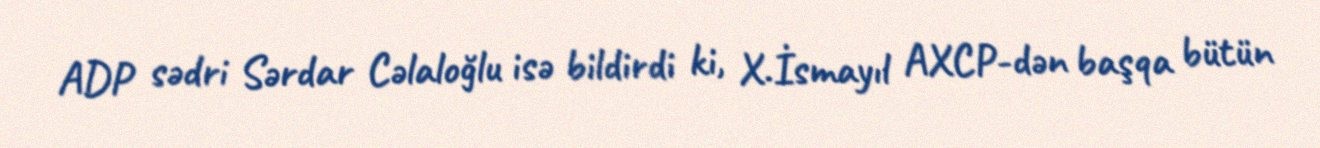
ADP sədri Sərdar Cəlaloğlu isə bildirdi ki, X.İsmayıl AXCP-dən başqa bütün